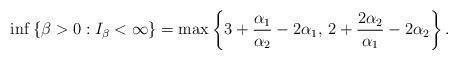
LaTeX: \begin{align*} \inf\left\{\beta>0:I_{\beta}<\infty\right\}=\max\left\{3+\frac{\alpha_1}{\alpha_2}-2\alpha_1,\, 2+\frac{2\alpha_2}{\alpha_1}-2\alpha_2\right\}.\end{align*}